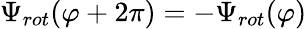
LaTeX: \Psi_{rot}(\varphi+2\pi)=-\Psi_{rot}(\varphi)